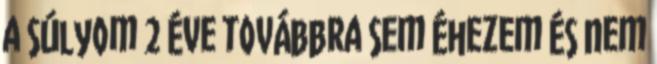
a súlyom 2 éve továbbra sem éhezem és nem